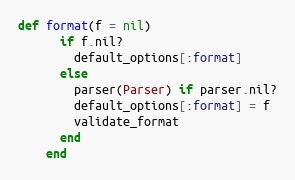
Language: Ruby
def format(f = nil)
      if f.nil?
        default_options[:format]
      else
        parser(Parser) if parser.nil?
        default_options[:format] = f
        validate_format
      end
    end